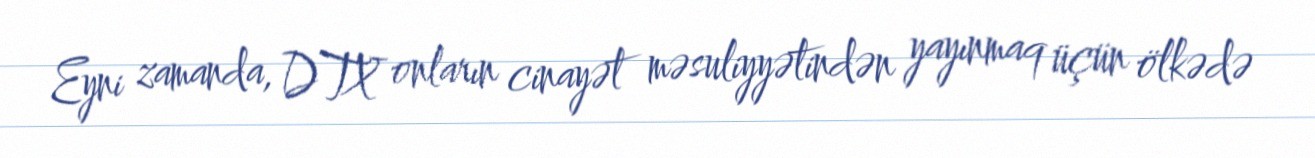
Eyni zamanda, DTX onların cinayət məsuliyyətindən yayınmaq üçün ölkədə